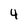
Character: 4